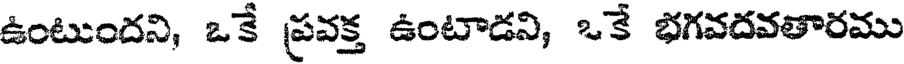
ఉంటుందని, ఒకే ప్రవక్త ఉంటాడని, ఒకే భగవదవతారము